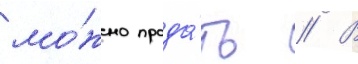
мо́жно прода́ть // В